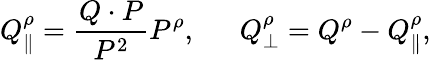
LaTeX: Q_{\| }^{\rho}={\frac{Q\cdot P}{P^{2}}}P^{\rho},\ \ \ \ \ \ Q_{\bot}^{\rho}=Q^{\rho}-Q_{\| }^{\rho},